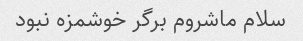
سلام ماشروم برگر خوشمزه نبود